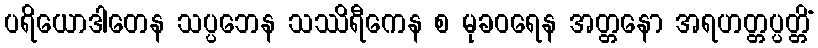
ပရိယောဒါတေန သပ္ပဘေန သဿိရီကေန စ မုခဝရေန အတ္တနော အရဟတ္တပ္ပတ္တိံ